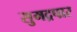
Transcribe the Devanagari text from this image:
सुमद्रपार